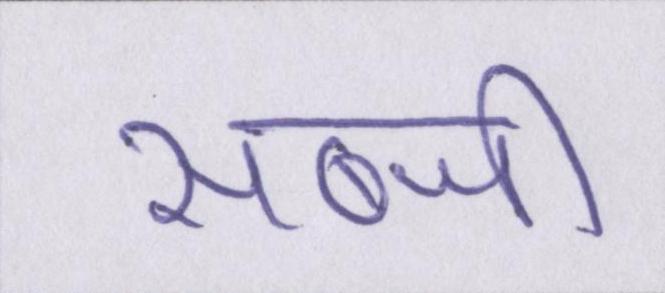
सब्जी